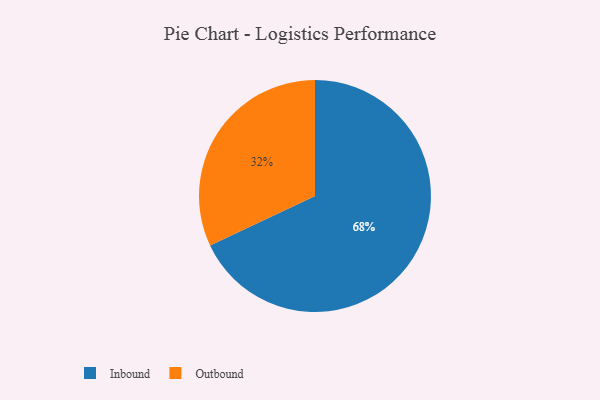
{"axis": {"x": "Category", "y": "Percentage"}, "legend": ["Inbound", "Outbound"], "data": [{"x": "Outbound", "y": 32, "type": "Outbound"}, {"x": "Inbound", "y": 68, "type": "Inbound"}]}